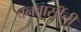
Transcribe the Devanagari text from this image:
वनवासींची